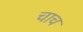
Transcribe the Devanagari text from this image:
चाच